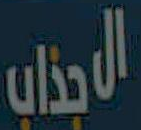
الاجذاب